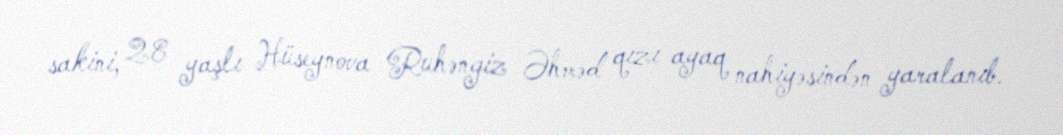
sakini, 28 yaşlı Hüseynova Ruhəngiz Əhməd qızı ayaq nahiyəsindən yaralanıb.